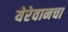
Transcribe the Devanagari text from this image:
येरेवानचा